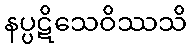
နပ္ပဋိသေဝိဿသိ